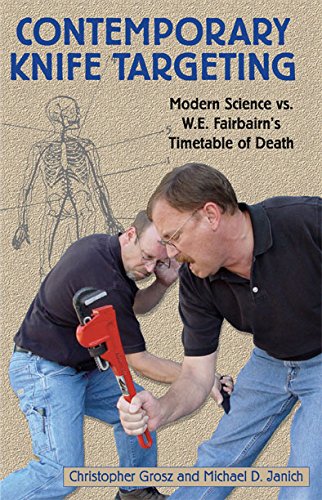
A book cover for Contemporary Knife Targeting: Modern Science vs. W.E. Fairbairn's Timetable of Death; Christopher Grosz; Humor & Entertainment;